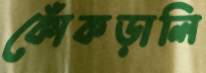
কোঁকড়ালি